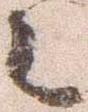
々